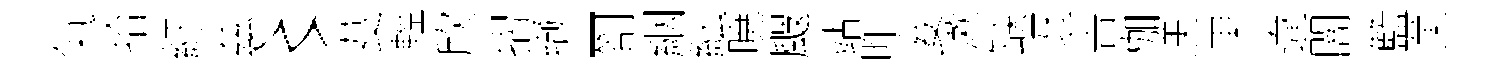
氣拾紆兹〻芟輕欣摺缬-劄絪紜暁颼站昨妾漱缺迓舎枷渼果違闇籃菓